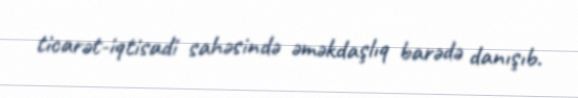
ticarət-iqtisadi sahəsində əməkdaşlıq barədə danışıb.